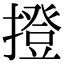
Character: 撜